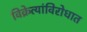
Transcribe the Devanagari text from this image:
विक्रेत्यांविरोधात